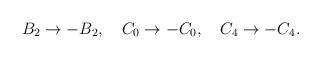
LaTeX: \begin{align*}B_2 \rightarrow - B_2, \quad C_0 \rightarrow - C_0, \quad C_4 \rightarrow - C_4.\end{align*}